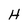
Character: H